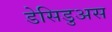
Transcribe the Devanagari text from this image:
डेसिडुअस